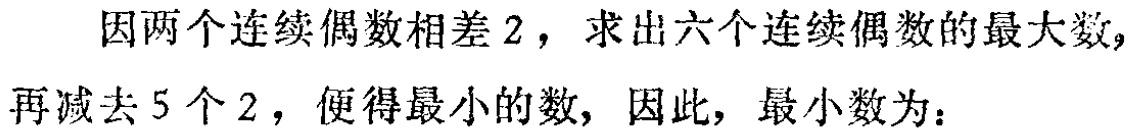
因两个连续偶数相差2，求出六个连续偶数的最大数，再减去5个2，便得最小的数，因此，最小数为：